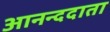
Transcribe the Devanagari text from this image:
आनन्ददाता